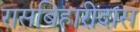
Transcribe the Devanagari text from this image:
रासबिहारीदास